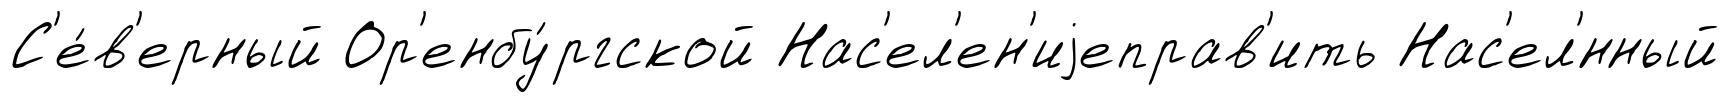
С'е́в'ерный Ор'енбу́ргской Нас'ел'ен'иjеправ'ить Нас'ел'́нный